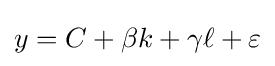
y=C+\beta k+\gamma \ell +\varepsilon